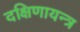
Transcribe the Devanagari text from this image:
दक्षिणायन्त्र